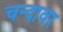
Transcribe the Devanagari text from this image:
चन्दावर